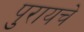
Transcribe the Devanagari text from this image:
पुरायचे